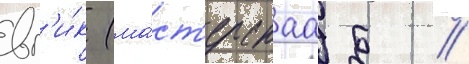
вг'и́к (ма́ст'ерскаа б //